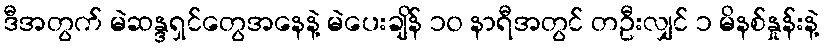
ဒီအတွက် မဲဆန္ဒရှင်တွေအနေနဲ့ မဲပေးချိန် ၁၀ နာရီအတွင် တဦးလျှင် ၁ မိနစ်နှုန်းနဲ့